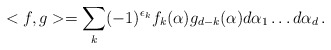
\begin{align*}<f,g> = \sum_{k} (-1)^{\epsilon_{k}} f_{k}(\alpha )g_{d-k}(\alpha ) d\alpha_{1} \dots d\alpha_{d} \, .\end{align*}